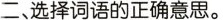
二、选择词语的正确意思。